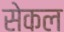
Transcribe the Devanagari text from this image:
सेकल